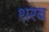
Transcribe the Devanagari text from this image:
शरब